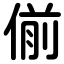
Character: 偂